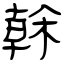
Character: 榦